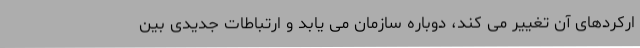
ارکردهای آن تغییر می کند، دوباره سازمان می یابد و ارتباطات جدیدی بین